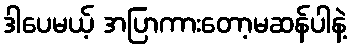
ဒါပေမယ့် အပြာကားတော့မဆန်ပါနဲ့